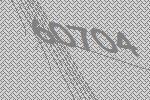
60704